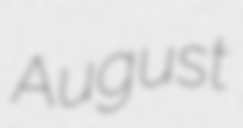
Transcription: August